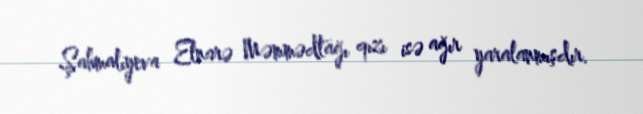
Şahmalıyeva Elnarə Məmmədtağı qızı isə ağır yaralanmışdır.